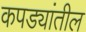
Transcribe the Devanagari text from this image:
कपड्यांतील